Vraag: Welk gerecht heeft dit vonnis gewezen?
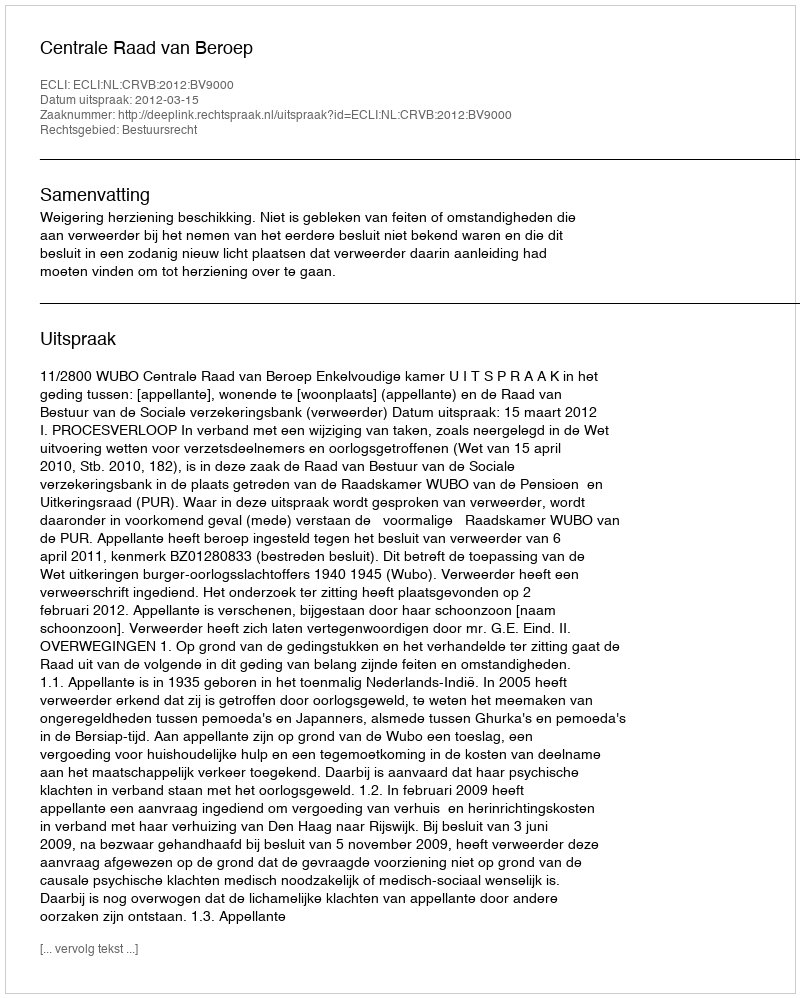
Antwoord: Centrale Raad van Beroep